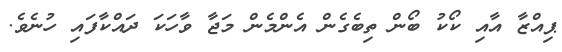
ޕިއްޒާ އާއި ކޯކު ބޯން ތިބެގެން އެންމެން މަޖާ ވާހަކަ ދައްކާފައި ހުނެވެ.